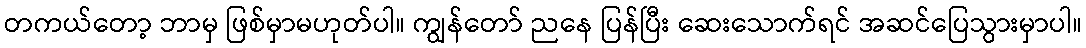
တကယ်တော့ ဘာမှ ဖြစ်မှာမဟုတ်ပါ။ ကျွန်တော် ညနေ ပြန်ပြီး ဆေးသောက်ရင် အဆင်ပြေသွားမှာပါ။